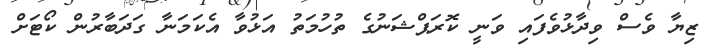
ޒިޔާ ވެސް ވިދާޅުވެފައި ވަނީ ކޮރަޕްޝަނުގެ ތުހުމަތު އަޅުވާ އެކަމަނާ ގަދަބާރުން ކޯޓަށް